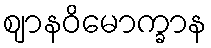
ဈာနဝိမောက္ခာန